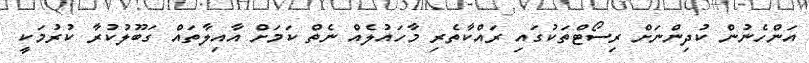
އަންހެނުން ކުދިންނަށް ރިސޯޓްތަކުގައި ރައްކާތެރި މާހައުލެއް ނެތް ކަމަށް އާއިލާތައް ގަބޫލުކުރާ ކުރުމަކީ